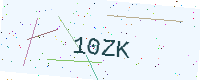
Text: 10ZK